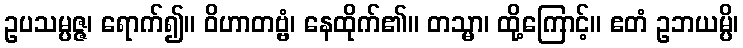
ဥပသမ္ပဇ္ဇ၊ ရောက်၍။ ဝိဟာတဗ္ဗံ၊ နေထိုက်၏။ တသ္မာ၊ ထို့ကြောင့်။ ဧတံ ဥဘယမ္ပိ၊